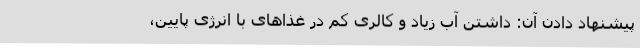
پیشنهاد دادن آن: داشتن آب زیاد و کالری کم در غذاهای با انرژی پایین،